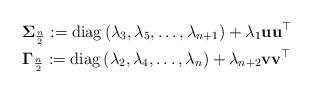
LaTeX: \begin{gather*}\boldsymbol{\Sigma}_{\frac{n}{2}} := \mathrm{diag} \left(\lambda_{3},\lambda_{5},\ldots,\lambda_{n+1} \right) + \lambda_{1} \mathbf{u} \mathbf{u}^{\top} \\\boldsymbol{\Gamma}_{\frac{n}{2}} := \mathrm{diag} \left(\lambda_{2},\lambda_{4},\ldots,\lambda_{n} \right) + \lambda_{n+2} \mathbf{v} \mathbf{v}^{\top}\end{gather*}